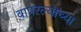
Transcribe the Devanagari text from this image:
वापरल्याच्या